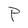
Character: P